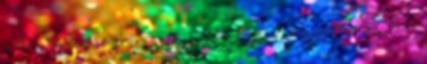
Librum 978-963-9888-64-7 Szarkasztikus korrajz az 50-es évektől máig. A5,